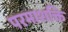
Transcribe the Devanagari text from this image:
परमाशक्ति